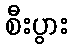
စီးပွား